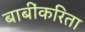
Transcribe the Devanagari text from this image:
बाबींकरिता